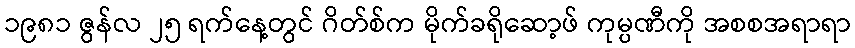
၁၉၈၁ ဇွန်လ ၂၅ ရက်နေ့တွင် ဂိတ်စ်က မိုက်ခရိုဆော့ဖ် ကုမ္ပဏီကို အစစအရာရာ